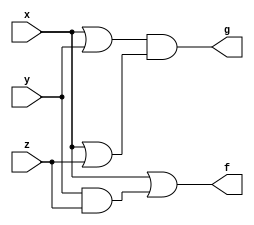
module exercise1iii(f, g, x, y, z);
input x, y, z;
output f, g;
assign f = x | (y & z);
assign g = (x | y) & (x | z);
endmodule